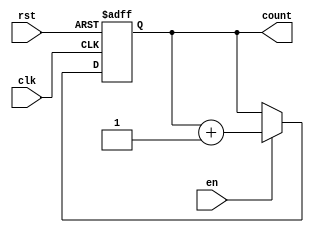
`timescale 1ns / 1ps
//////////////////////////////////////////////////////////////////////////////////
// Company: 
// 
// Design Name: 
// Module Name: n_bit_counter
// Project Name: 
// Target Devices: 
// Tool Versions: 
// Description: n-bit counter design with default size 32-bits with enable signal (start counter)
// 
// Dependencies: 
// 
// Revision:
// Revision 0.01 - File Created
// Additional Comments:
// 
//////////////////////////////////////////////////////////////////////////////////


module n_bit_counter #(parameter WIDTH = 32) (
    input clk, // input clock
    input rst, // reset signal
    input en, // enable signal to start counter
    output reg [WIDTH-1:0] count // counter register
    );
    
    // behavior modeling
    always @(posedge clk, negedge rst) begin
        if (!rst) // reset == 0
        count <= 0;
        else if (en)
        count <= count + 1;
    end
        
endmodule